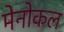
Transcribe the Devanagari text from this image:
मेनोकल